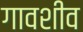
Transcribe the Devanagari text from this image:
गावशीव